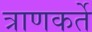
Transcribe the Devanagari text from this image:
त्राणकर्ते